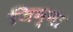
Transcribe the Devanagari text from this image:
जिन्‍ना